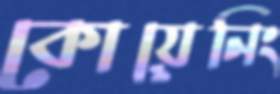
কোয়েনিং